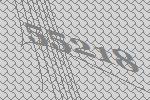
55218